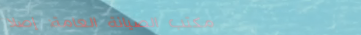
مكتب الصيانة العامة: إصلا